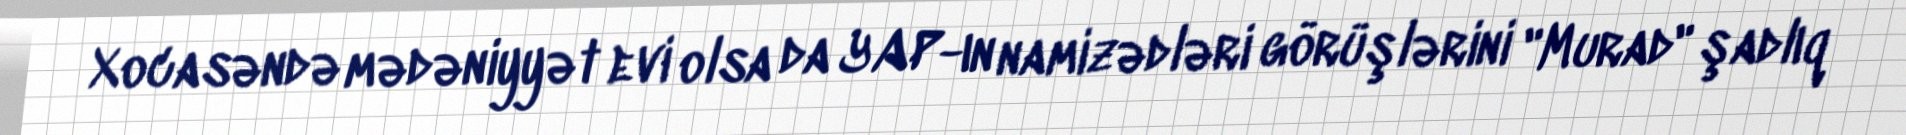
Xocasəndə mədəniyyət evi olsa da YAP-ın namizədləri görüşlərini "Murad" şadlıq